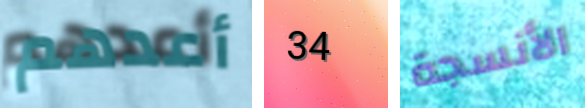
أعدهم 34 الأنسجة